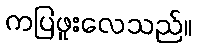
ကပြဖူးလေသည်။